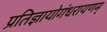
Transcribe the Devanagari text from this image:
प्रतिज्ञायोगंधरायणम्